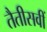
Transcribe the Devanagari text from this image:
तैतीसवीं